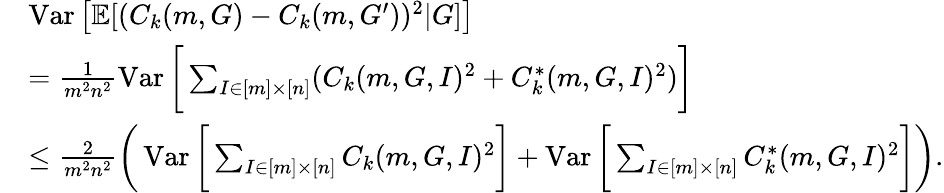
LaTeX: \begin{array}{rl}&{\operatorname{Var}\big[\mathbb{E}[(C_{k}(m,G)-C_{k}(m,G^{\prime}))^{2}|G]\big]}\\ &{=\frac{1}{m^{2}n^{2}}\operatorname{Var}\bigg[\sum_{I\in[m]\times[n]}(C_{k}(m,G,I)^{2}+C_{k}^{\ast}(m,G,I)^{2})\bigg]}\\ &{\le\frac{2}{m^{2}n^{2}}\bigg(\operatorname{Var}\bigg[\sum_{I\in[m]\times[n]}C_{k}(m,G,I)^{2}\bigg]+\operatorname{Var}\bigg[\sum_{I\in[m]\times[n]}C_{k}^{\ast}(m,G,I)^{2}\bigg]\bigg).}\end{array}